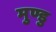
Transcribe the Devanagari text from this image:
मुण्डु